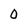
Character: 0